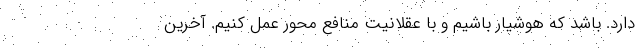
دارد‌. باشد که هوشیار باشیم و با عقلانیت منافع محور عمل کنیم. آخرین